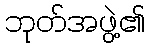
ဘုတ်အဖွဲ့၏